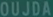
OUJDA